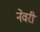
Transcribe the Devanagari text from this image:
नेवरी